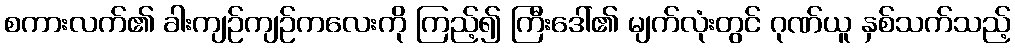
စကားလက်၏ ခါးကျဉ်ကျဉ်ကလေးကို ကြည့်၍ ကြီးဒေါ်၏ မျက်လုံးတွင် ဂုဏ်ယူ နှစ်သက်သည့်